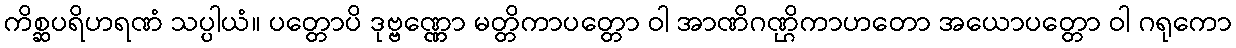
ကိစ္ဆပရိဟရဏံ သပ္ပါယံ။ ပတ္တောပိ ဒုဗ္ဗဏ္ဏော မတ္တိကာပတ္တော ဝါ အာဏိဂဏ္ဌိကာဟတော အယောပတ္တော ဝါ ဂရုကော